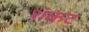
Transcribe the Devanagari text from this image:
शंकट